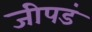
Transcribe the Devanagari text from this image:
जीपडं